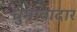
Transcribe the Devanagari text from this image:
घुमावादार